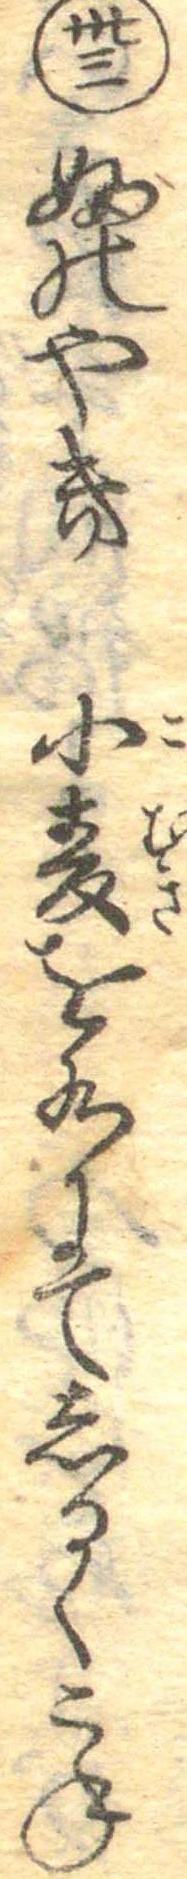
卅三ふのやき小麦を水にてしるくこね